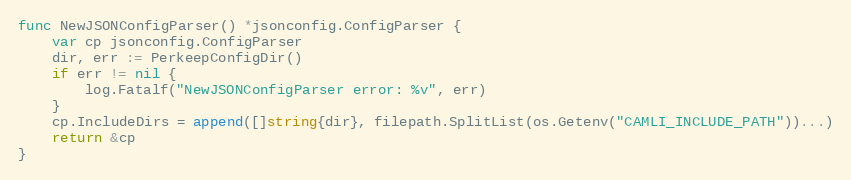
Language: Go
func NewJSONConfigParser() *jsonconfig.ConfigParser {
	var cp jsonconfig.ConfigParser
	dir, err := PerkeepConfigDir()
	if err != nil {
		log.Fatalf("NewJSONConfigParser error: %v", err)
	}
	cp.IncludeDirs = append([]string{dir}, filepath.SplitList(os.Getenv("CAMLI_INCLUDE_PATH"))...)
	return &cp
}